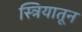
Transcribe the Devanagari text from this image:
स्त्रियातून